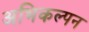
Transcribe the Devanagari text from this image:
अभिकल्‍पन